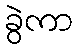
ခွဲကာ